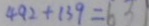
4 9 2 + 1 3 9 = 6 3 1